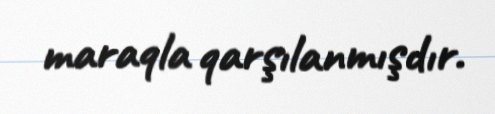
maraqla qarşılanmışdır.